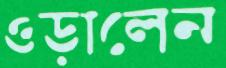
ওড়ালেন